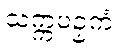
သက္ကပဉှကံ